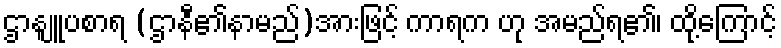
ဌာနျူပစာရ (ဌာနီ၏နာမည်)အားဖြင့် ကာရက ဟု အမည်ရ၏၊ ထို့ကြောင့်